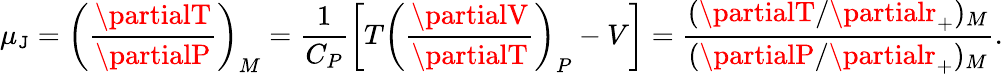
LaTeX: \mu_{\mathtt{J}}=\left(\frac{{\partialT}}{{\partialP}}\right)_{M}=\frac{{1}}{{C_{P}}}\left[T\left(\frac{{\partialV}}{{\partialT}}\right)_{P}-V\right]=\frac{{(\partialT/\partialr_{+})_{M}}}{{(\partialP/\partialr_{+})_{M}}}.